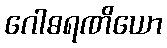
ဂေါဓရဏိယော